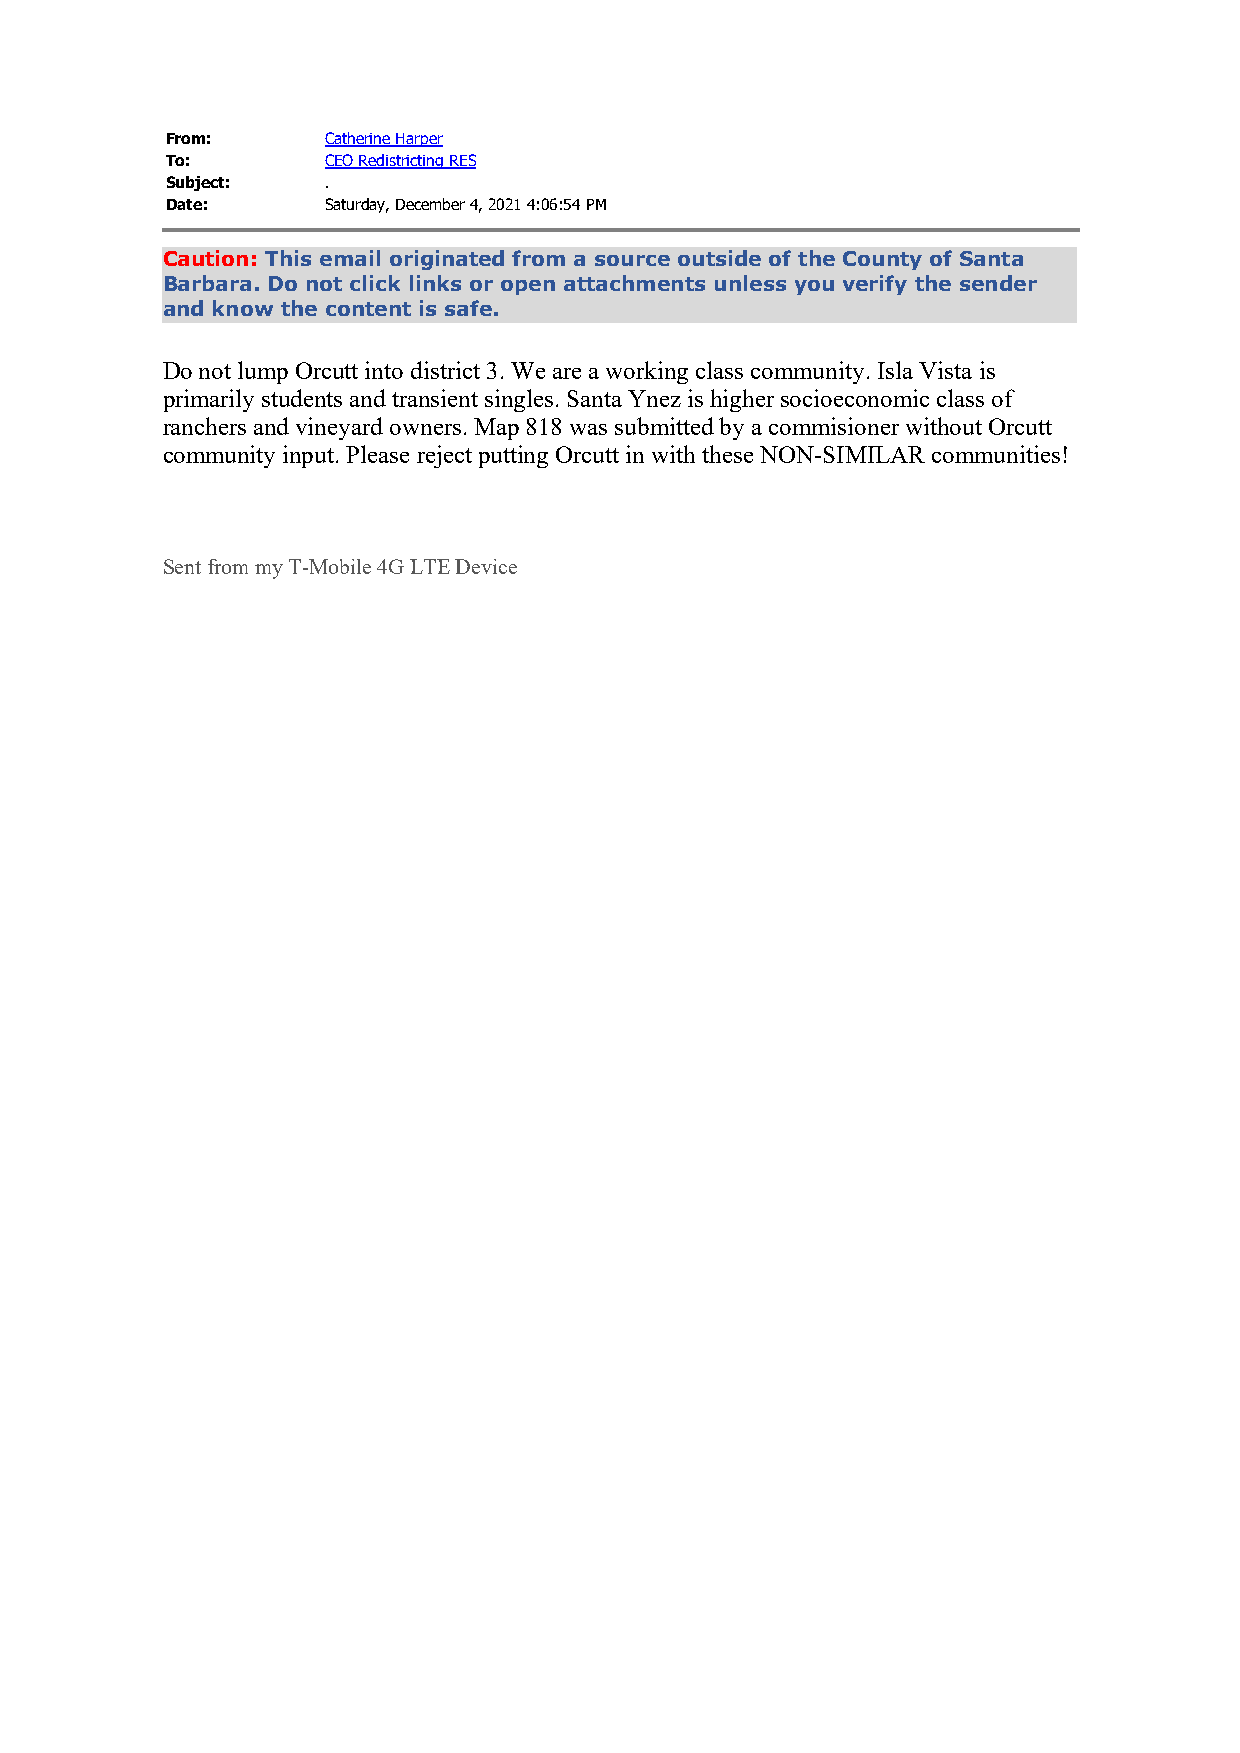
From:      Catherine Harper
 To:        CEO Redistricting RES
 Subject:   .
 Date:      Saturday, December 4, 2021 4:06:54 PM
 Caution: This email originated from a source outside of the County of Santa
 Barbara. Do not click links or open attachments unless you verify the sender
 and know the content is safe.
 Do not lump Orcutt into district 3. We are a working class community. Isla Vista is
 primarily students and transient singles. Santa Ynez is higher socioeconomic class of
 ranchers and vineyard owners. Map 818 was submitted by a commisioner without Orcutt
 community input. Please reject putting Orcutt in with these NON-SIMILAR communities!
 Sent from my T-Mobile 4G LTE Device